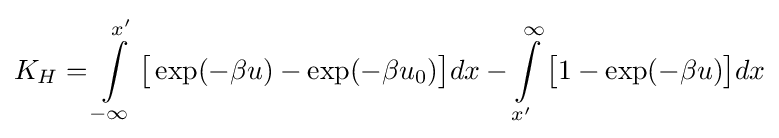
K_{H}=\int \limits _{-\infty }^{x'}{\big [}\exp(-\beta u)-\exp(-\beta u_{0}){\big ]}dx-\int \limits _{x'}^{\infty }{\big [}1-\exp(-\beta u){\big ]}dx